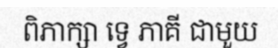
ពិភាក្សា ទ្វេ ភាគី ជាមួយ